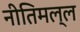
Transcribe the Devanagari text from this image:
नीतिमल्ल